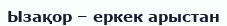
Ызақор – еркек арыстан